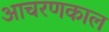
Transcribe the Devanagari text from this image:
आचरणकाल